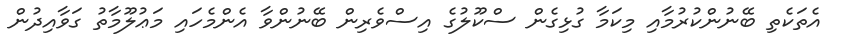
އެތަކެތި ބޭނުންކުރުމާއި މިކަމާ ގުޅިގެން ސްކޫލުގެ އިސްވެރިން ބޭނުންވާ އެންމެހައި މަޢުލޫމާތު ގަވާއިދުން